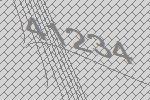
41234